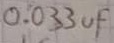
Text: 0.033µF